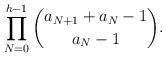
LaTeX: \begin{align*}\prod\limits_{N=0}^{h-1} \binom{a_{N+1}+a_N-1}{a_N-1}.\end{align*}